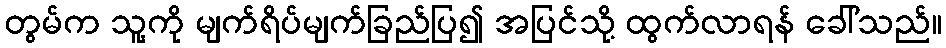
တွမ်က သူ့ကို မျက်ရိပ်မျက်ခြည်ပြ၍ အပြင်သို့ ထွက်လာရန် ခေါ်သည်။